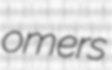
omers